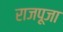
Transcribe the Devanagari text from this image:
राजपूजा